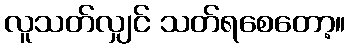
လူသတ်လျှင် သတ်ရစေတော့။